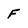
Character: F